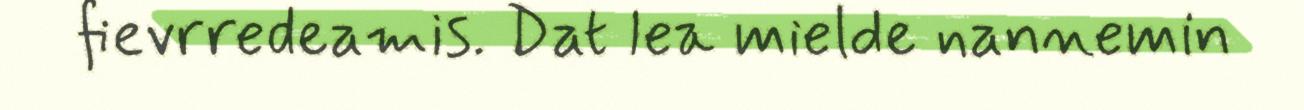
fievrredeamis. Dat lea mielde nannemin